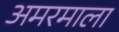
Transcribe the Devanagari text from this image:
अमरमाला